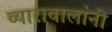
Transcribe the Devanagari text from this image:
व्यारावालांनी